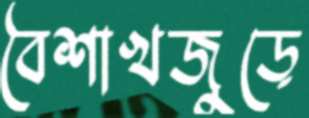
বৈশাখজুড়ে